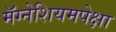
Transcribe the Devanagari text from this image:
मॅग्नेशियमपेक्षा